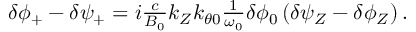
\begin{array} { r } { \delta \phi _ { + } - \delta \psi _ { + } = i \frac { c } { B _ { 0 } } k _ { Z } k _ { \theta 0 } \frac { 1 } { \omega _ { 0 } } \delta \phi _ { 0 } \left( \delta \psi _ { Z } - \delta \phi _ { Z } \right) . } \end{array}